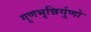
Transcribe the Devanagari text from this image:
गुणभृन्निर्गुणो